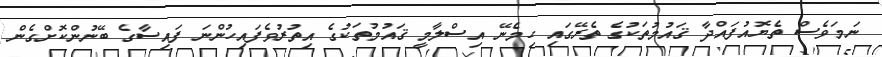
ނަމަވެސް ތެޔޮއުފައްދާ ޤައުމުތަކުގެ ތެރޭގައި ހިމެނޭ އިސްލާމީ ޤައުމުތަކުގެ އިތުރުވެފައިހުންނަ ފައިސާގެ ބޭނުންކޮށްގެން